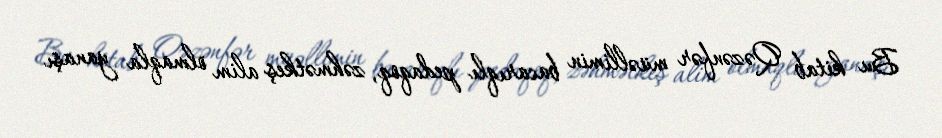
Bu kitab Qəzənfər müəllimin bacarıqlı pedaqoq, zəhmətkeş alim olmaqla yanaşı